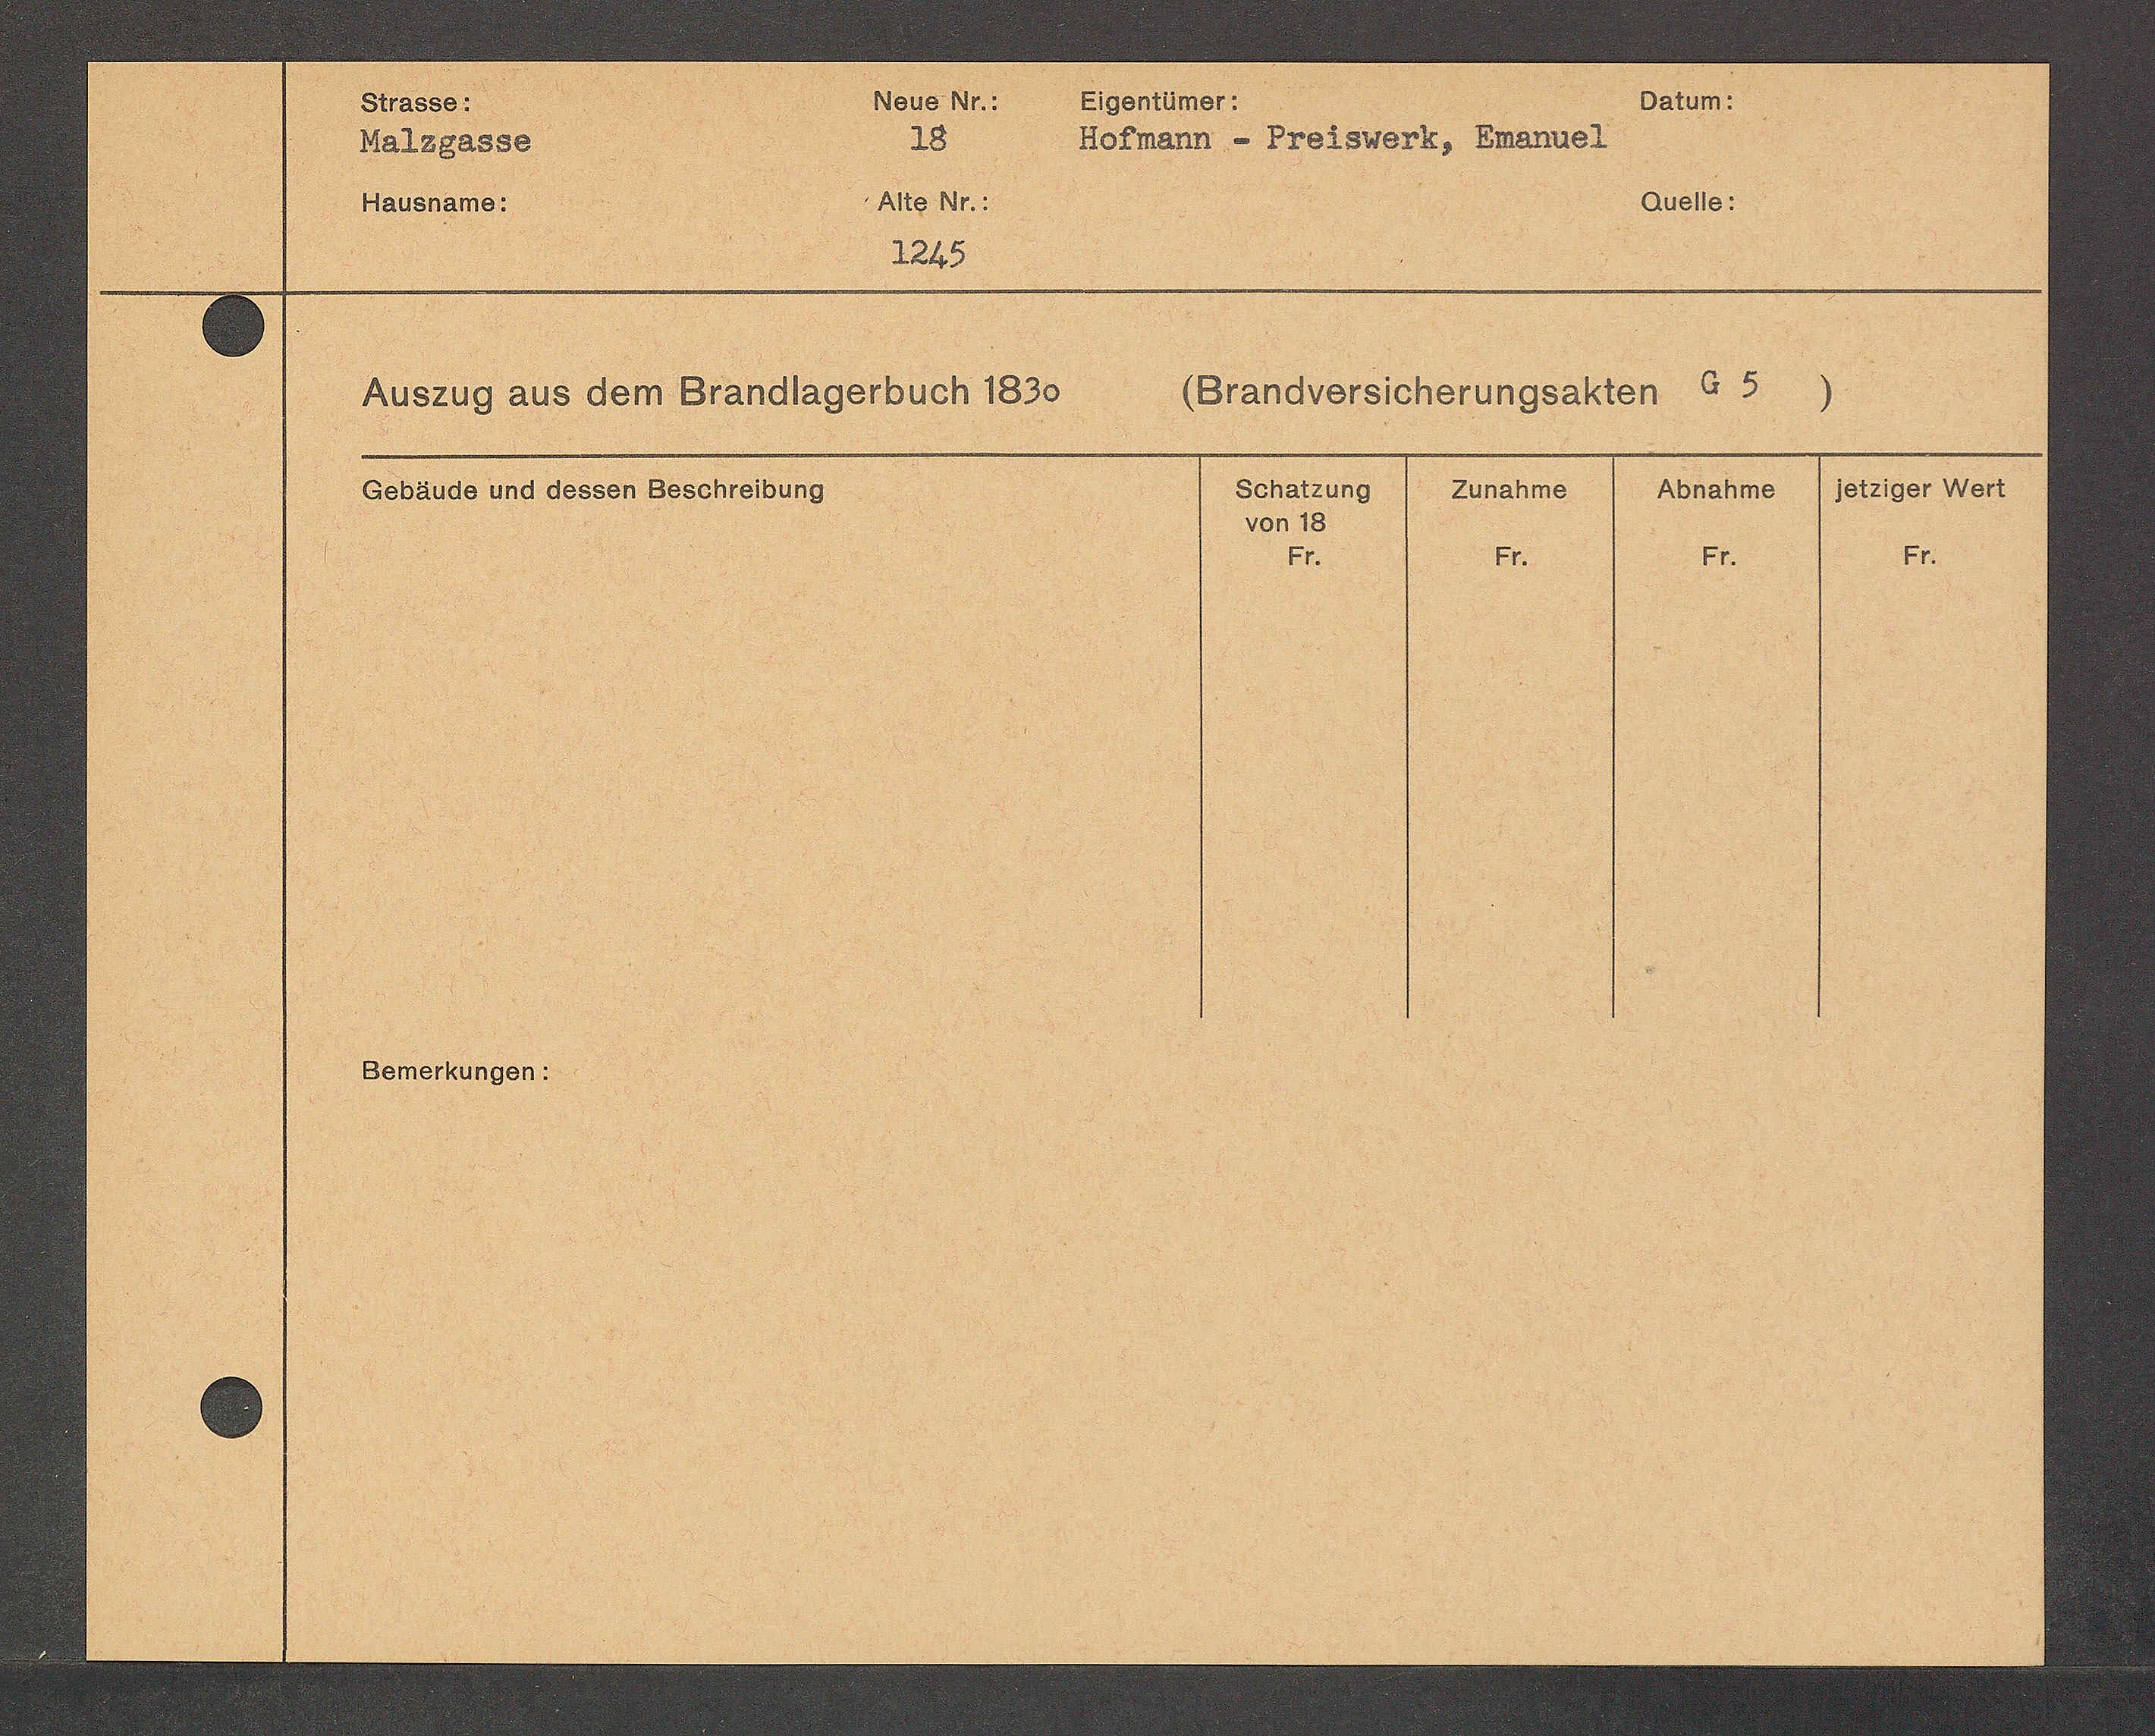
Transcript:
Quelle: